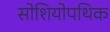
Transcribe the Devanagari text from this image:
सोशियोपथिक